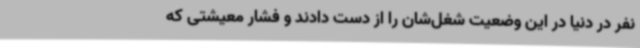
نفر در دنیا در این وضعیت شغل‌شان را از دست دادند و فشار معیشتی که